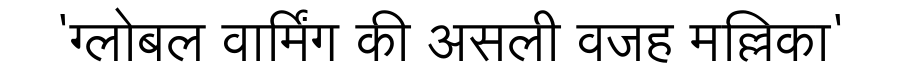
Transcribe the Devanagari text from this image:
'ग्लोबल वार्मिंग की असली वजह मल्लिका'